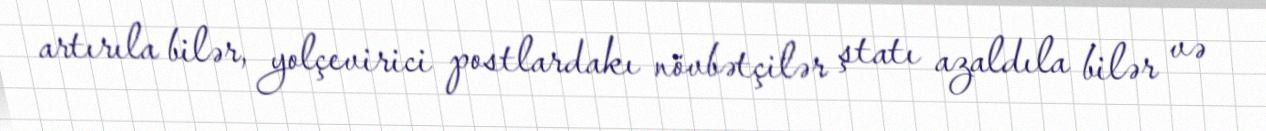
artırıla bilər, yolçevirici postlardakı növbətçilər ştatı azaldıla bilər və